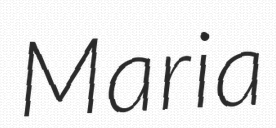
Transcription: Maria